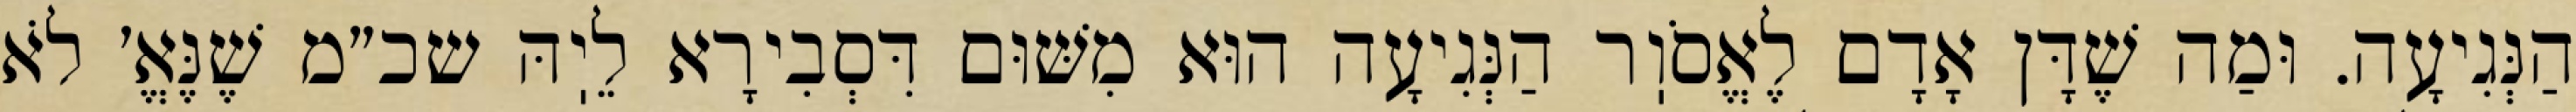
הַנְּגִיעָה. וּמַה שֶׁדָּן אָדָם לֶאֱסֹוֽר הַנְּגִיעָה הוּא מִשּׁוּם דִּסְבִירָא לֵיֽהּ שכ״מ שֶׁנֶּאֱ׳ לֹא